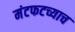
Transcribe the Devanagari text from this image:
मंटफटच्याच